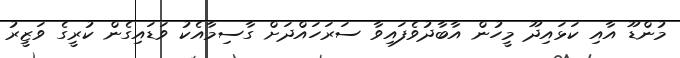
މުންޑޫ އާއި ކަޅައިދޫ މީހުން އާބާދުވެފައިވާ ސަރަހައްދަށް ގާސިމާއެކު ވަޑައިގެން ކުރީގެ ވަޒީރު